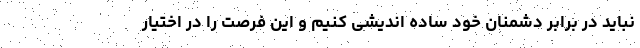
نباید در برابر دشمنان خود ساده اندیشی کنیم و این فرصت را در اختیار